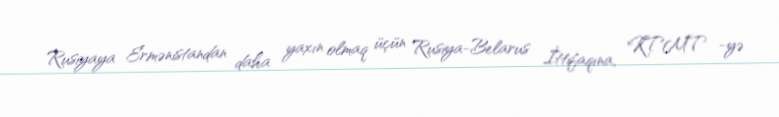
Rusiyaya Ermənistandan daha yaxın olmaq üçün Rusiya-Belarus İttifaqına, KTMT -yə